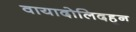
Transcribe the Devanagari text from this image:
वायादोलिदहून